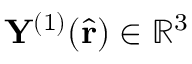
\mathbf { Y } ^ { ( 1 ) } ( \hat { \mathbf { r } } ) \in \mathbb { R } ^ { 3 }